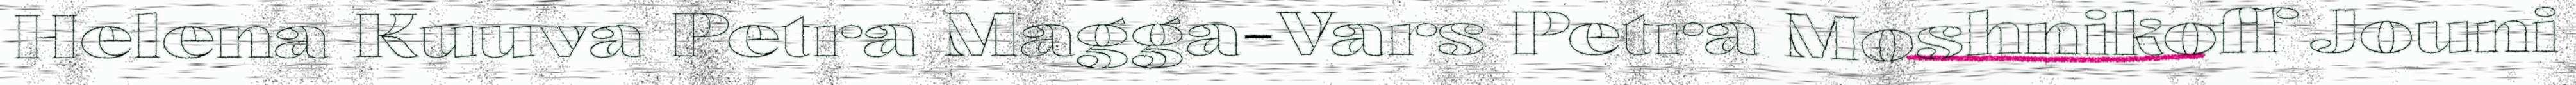
Helena Kuuva Petra Magga-Vars Petra Moshnikoff Jouni